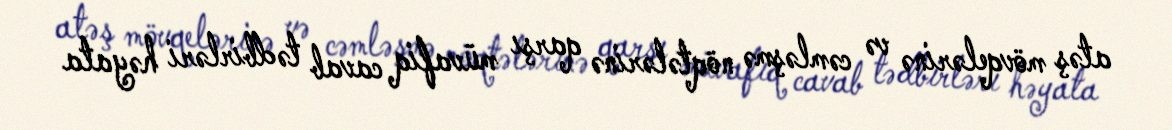
atəş mövqelərinə və cəmləşmə nöqtələrinə qarşı müvafiq cavab tədbirləri həyata